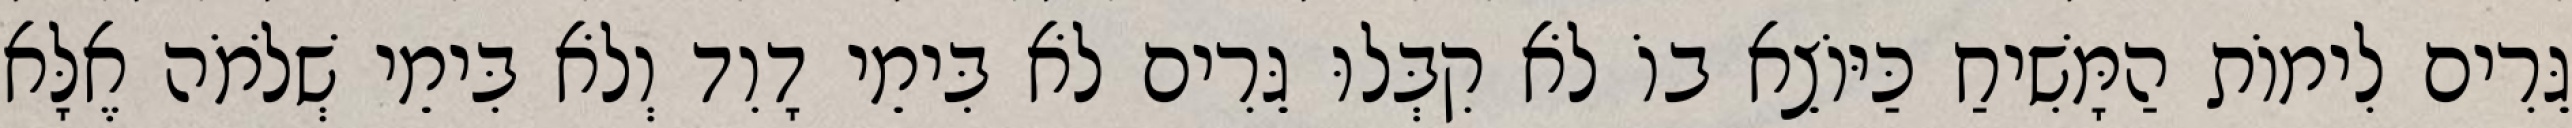
גֵּרִים לִימוֹת הַמָּשִׁיחַ כַּיּוֹצֵא בוֹ לֹא קִבְּלוּ גֵּרִים לֹא בִּימֵי דָוִד וְלֹא בִּימֵי שְׁלֹמֹה אֶלָּא